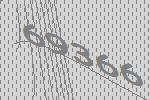
69366